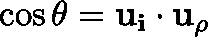
\cos \theta = \mathbf { u _ { i } } \cdot \mathbf { u _ { \rho } }